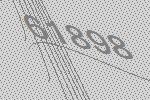
61898